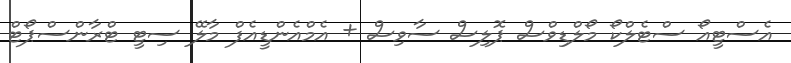
އެސްޓީއޯ ސްޓެލްކޯ މޯލްޑިވްސް ޕޮލިސް ސާވިސް + އެމްއެންޑީއެފް މާލޭ ސިޓީ ޓްރާންސްޕޯޓް